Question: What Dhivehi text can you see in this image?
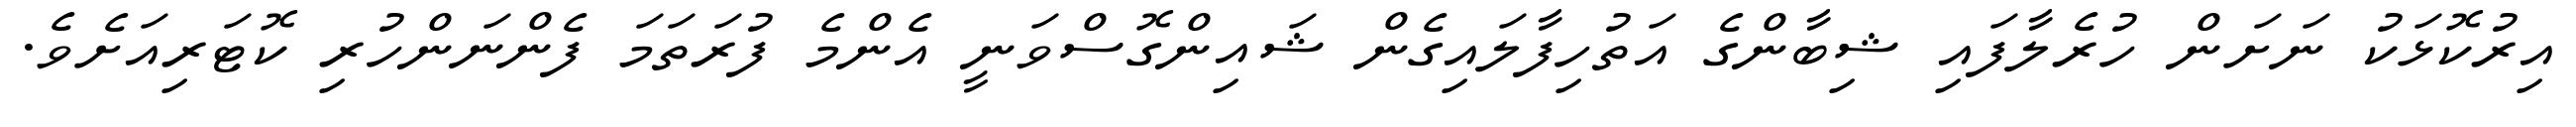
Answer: އިރުކޮޅަކު ނަށަން ހުރެލާފައި ޝިބާންގެ އަތުހިފާލައިގެން ޝައިންގޮސްވަނީ އެންމެ ފުރަތަމަ ފެންނަންހުރި ކޮޓަރިއަށެވެ.